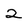
Character: 2